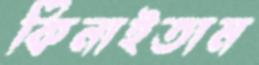
কিনাইতাম